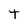
Character: T